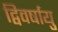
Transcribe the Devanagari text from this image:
द्विवर्षायु